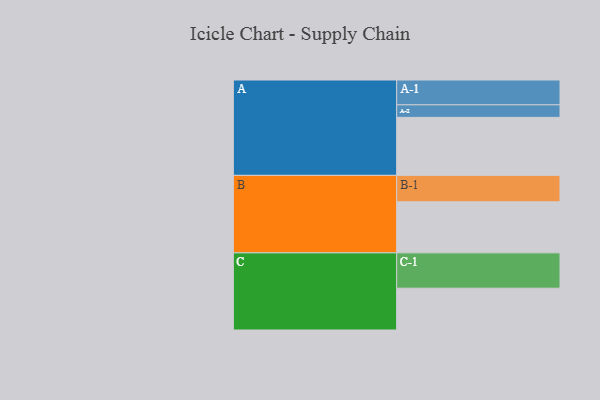
{"axis": {"x": "Segment", "y": "Value"}, "legend": ["", "A", "B", "C"], "data": [{"x": "A", "y": 458, "type": ""}, {"x": "B", "y": 403, "type": ""}, {"x": "C", "y": 330, "type": ""}, {"x": "A-1", "y": 196, "type": "A"}, {"x": "A-2", "y": 99, "type": "A"}, {"x": "B-1", "y": 209, "type": "B"}, {"x": "C-1", "y": 279, "type": "C"}]}